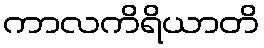
ကာလကိရိယာတိ